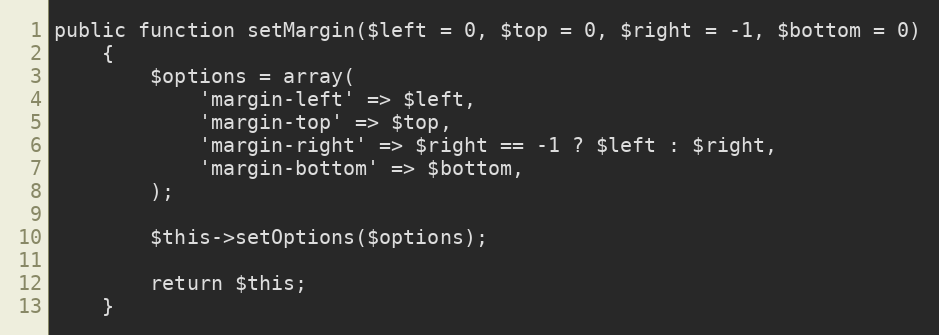
Language: PHP
public function setMargin($left = 0, $top = 0, $right = -1, $bottom = 0)
    {
        $options = array(
            'margin-left' => $left,
            'margin-top' => $top,
            'margin-right' => $right == -1 ? $left : $right,
            'margin-bottom' => $bottom,
        );

        $this->setOptions($options);

        return $this;
    }